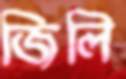
জিলি